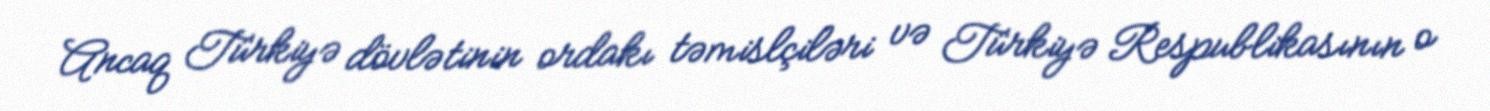
Ancaq Türkiyə dövlətinin ordakı təmislçiləri və Türkiyə Respublikasının o